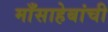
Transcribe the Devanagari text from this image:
माँसाहेबांची